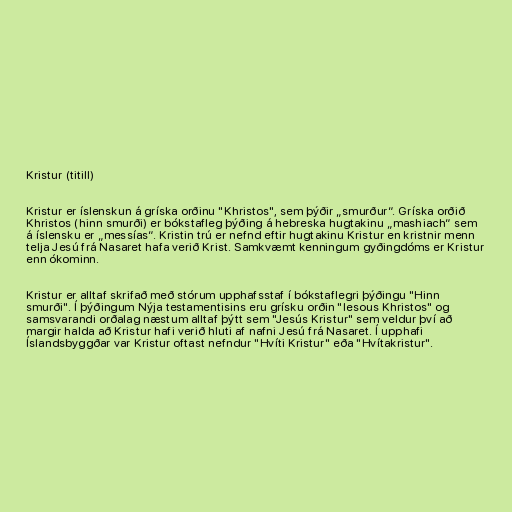
Kristur (titill)

Kristur er íslenskun á gríska orðinu "Khristos", sem þýðir „smurður“. Gríska orðið
Khristos (hinn smurði) er bókstafleg þýðing á hebreska hugtakinu „mashiach“ sem
á íslensku er „messías“. Kristin trú er nefnd eftir hugtakinu Kristur en kristnir menn
telja Jesú frá Nasaret hafa verið Krist. Samkvæmt kenningum gyðingdóms er Kristur
enn ókominn.

Kristur er alltaf skrifað með stórum upphafsstaf í bókstaflegri þýðingu "Hinn
smurði". Í þýðingum Nýja testamentisins eru grísku orðin "Iesous Khristos" og
samsvarandi orðalag næstum alltaf þýtt sem "Jesús Kristur" sem veldur því að
margir halda að Kristur hafi verið hluti af nafni Jesú frá Nasaret. Í upphafi
Íslandsbyggðar var Kristur oftast nefndur "Hvíti Kristur" eða "Hvítakristur".